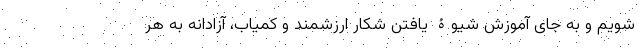
شویم و به جای آموزش شیوۀ یافتن شکار ارزشمند و کمیاب، آزادانه به هر